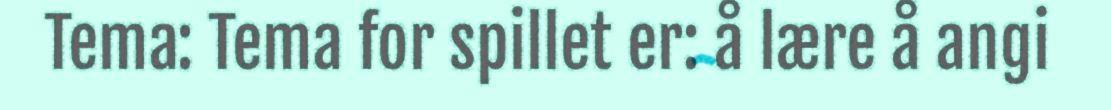
Tema: Tema for spillet er: å lære å angi